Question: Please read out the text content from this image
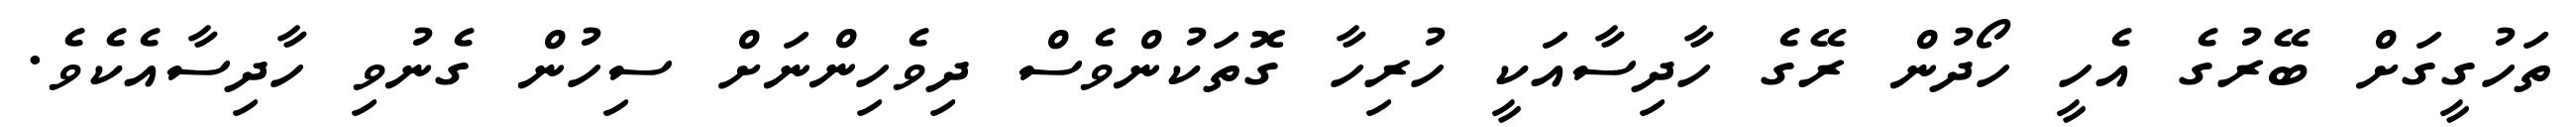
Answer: ތަހުގީގަށް ބޭރުގެ އެހީ ހޯދުން ރޭގެ ހާދިސާއަކީ ހުރިހާ ގޮތަކުންވެސް ދިވެހިންނަށް ސިހުން ގެނުވި ހާދިސާއެކެވެ.